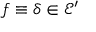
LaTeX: f \equiv \delta \in { \mathcal { E } } ^ { \prime }